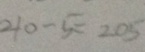
2 1 0 - 5 = 2 0 5